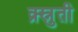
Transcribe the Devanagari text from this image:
क्र्स्नुती